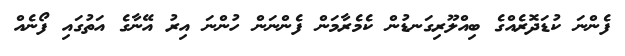
ފެންނަ ކުޑަދޮރެއްގެ ބިއްލޫރިގަނޑުން ކެމެރާމަން ފެންނަން ހުންނަ އިރު އޭނާގެ އަތުގައި ފޯނެއް